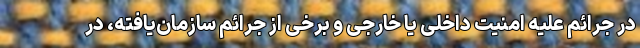
در جرائم علیه امنیت داخلی یا خارجی و برخی از جرائم سازمان‌یافته، در